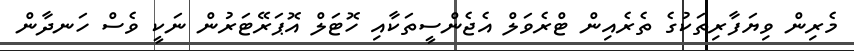
މެރިން ވިޔަފާރިތަކުގެ ތެރެއިން ޓްރެވަލް އެޖެންސީތަކާއި ހޮޓަލް އޮޕަރޭޓަރުން ނަކީ ވެސް ހަނދާން